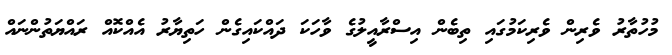
މުހުތާރު ވެރިން ވެރިކަމުގައި ތިބެން އިސްރާއީލުގެ ވާހަކަ ދައްކައިގެން ހަތިޔާރު އެއްކޮއް ރައްޔަތުންނައް